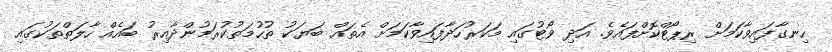
ހިނގާފައިވާކަމަށް ރިޕޯޓްކޮށްފައެވެ. އަދި ވޯޓުގައި މަކަރުހަދާފައިވާކަމަށް އެތައް ބަޔަކު ތުހުމަތުކުރަމުންދާއިރު ބައެއް ހާލަތްތަކުގައި